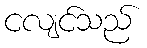
ငလျင်သည်